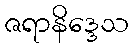
ဇရာနိဒ္ဒေသ